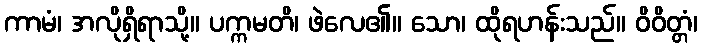
ကာမံ၊ အလိုရှိရာသို့။ ပက္ကမတိ၊ ဖဲလေ၏။ သော၊ ထိုရဟန်းသည်။ ဝိဝိတ္တံ၊